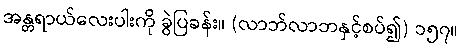
အန္တရာယ်လေးပါးကို ခွဲပြခန်း။ (လာဘ်လာဘနှင့်စပ်၍) ၁၅၇။